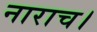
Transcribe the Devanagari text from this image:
नाराच।